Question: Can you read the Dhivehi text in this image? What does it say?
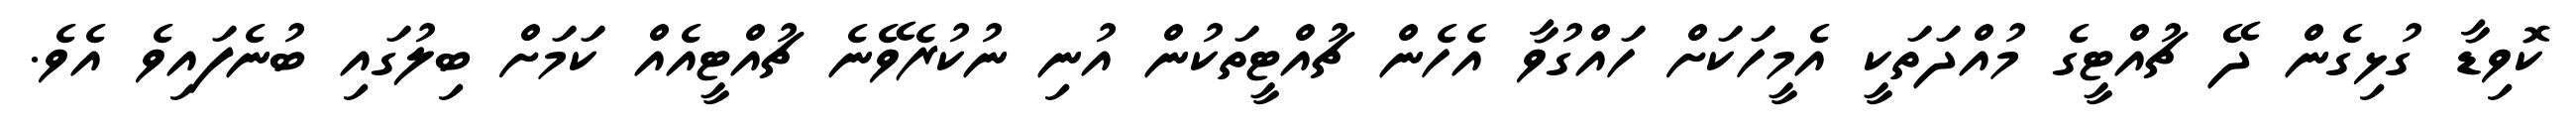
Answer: ކޮވިޑާ ގުޅިގެން ދޭ ޗުއްޓީގެ މުއްދަތަކީ އެމީހަކަށް ހައްގުވާ އެހެން ޗުއްޓީތަކުން އުނި ނުކުރެވޭނެ ޗުއްޓީއެއް ކަމަށް ބިލުގައި ބުނެފައިވެ އެވެ.